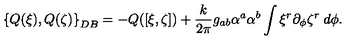
\left\{ Q ( \xi ) , Q ( \zeta ) \right\} _ { D B } = - Q ( [ \xi , \zeta ] ) + { \frac { k } { 2 \pi } } g _ { a b } \alpha ^ { a } \alpha ^ { b } \int \xi ^ { r } \partial _ { \phi } \zeta ^ { r } \: d \phi .